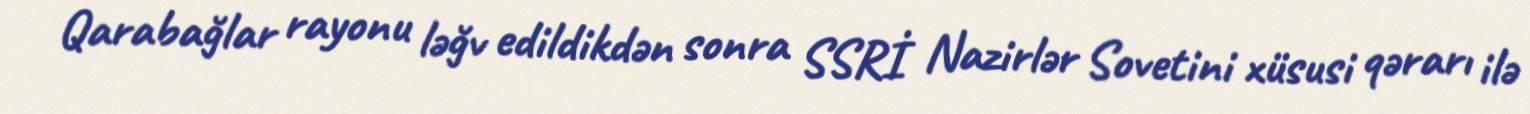
Qarabağlar rayonu ləğv edildikdən sonra SSRİ Nazirlər Sovetini xüsusi qərarı ilə